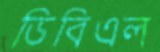
ডিবিএল